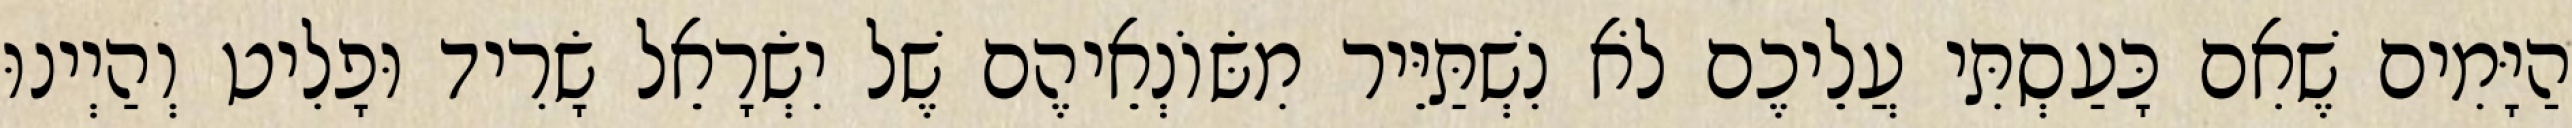
הַיָּמִים שֶׁאִם כָּעַסְתִּי עֲלֵיכֶם לֹא נִשְׁתַּיֵּיר מִשּׂוֹנְאֵיהֶם שֶׁל יִשְׂרָאֵל שָׂרִיד וּפָלִיט וְהַיְינוּ